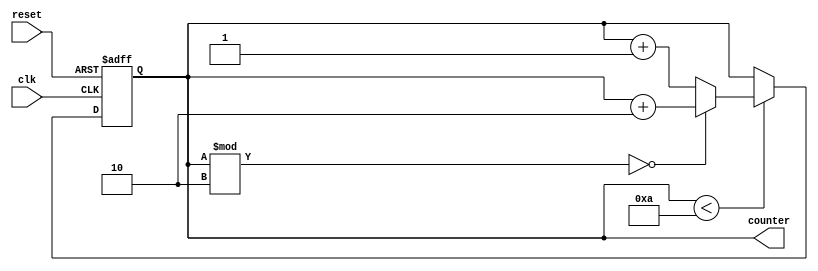
module loop_behavioral_model (
    input wire clk,
    input wire reset,
    output reg [7:0] counter
);

reg [7:0] loop_limit = 10; // Controls the number of iterations

always @ (posedge clk or posedge reset) begin
    if (reset) begin
        counter <= 0;
    end else begin
        if (counter < loop_limit) begin
            // Insert your code block here
            // Example: If counter is even, increment by 2, otherwise increment by 1
            if (counter % 2 == 0) begin
                counter <= counter + 2;
            end else begin
                counter <= counter + 1;
            end
        end
    end
end

endmodule